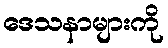
ဒေသနာများကို